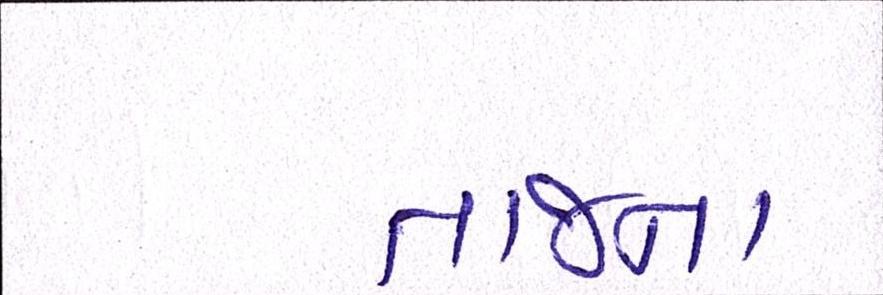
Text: તાજના